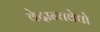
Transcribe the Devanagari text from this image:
वेदान्तवेद्यो